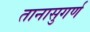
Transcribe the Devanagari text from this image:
तानासुगर्ण